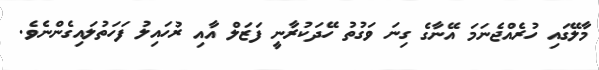
މާލޭގައި ހުރެއްޖެނަމަ އޭނާގެ ގިނަ ވަގުތު ހޭދަކުރާނީ ފަޒަލް އާއި ރުހައިލު ފަހަތުލައިގެންނެވެ.